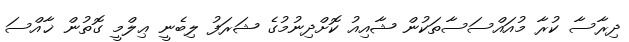
ދިރާސާ ކުރާ މުއައްސަސާތަކުން ޝާއިއު ކޮށްދިނުމުގެ ޝަރަފު ލިބެނީ ޢިލްމީ ގޮތުން ޚާއްސަ